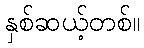
နှစ်ဆယ့်တစ်။